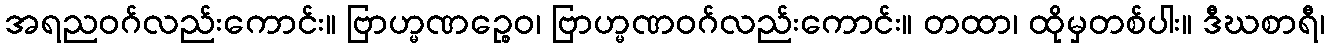
အရညဝဂ်လည်းကောင်း။ ဗြာဟ္မဏဉ္စေဝ၊ ဗြာဟ္မဏဝဂ်လည်းကောင်း။ တထာ၊ ထိုမှတစ်ပါး။ ဒီဃစာရီ၊